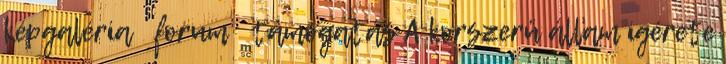
képgaléria forum támogatás A korszerü állam igérete